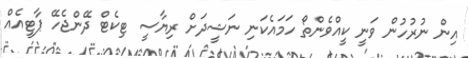
އިން ނުރުހުން ވަނީ ކީއްވެންތޯ ހަމައެކަނި ނަޝީދަށް ރިޔާސީ ޓިކެޓް ދޭންޖެހޭ ޕާޓީއެއް